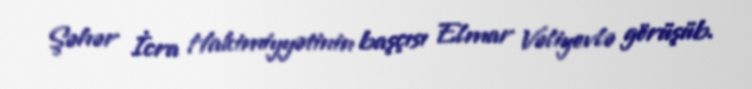
Şəhər İcra Hakimiyyətinin başçısı Elmar Vəliyevlə görüşüb.